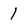
Character: 1